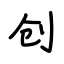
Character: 创